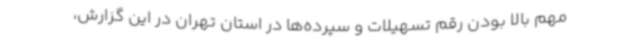
مهم بالا بودن رقم تسهیلات و سپرده‌ها در استان تهران در این گزارش،